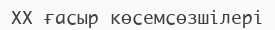
XX ғасыр көсемсөзшілері